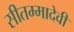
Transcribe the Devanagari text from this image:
सीतम्मादेवी